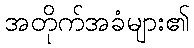
အတိုက်အခံများ၏